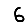
Digit: 6